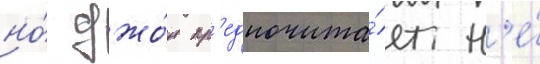
но́ джо́н пр'едпочита́ет н'е́